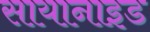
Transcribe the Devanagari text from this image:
सायानाइड